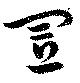
置